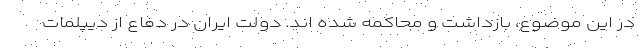
در این موضوع، بازداشت و محاکمه شده اند. دولت ایران در دفاع از دیپلمات